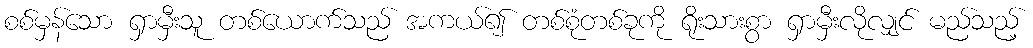
စစ်မှန်သော ရှာမှီးသူ တစ်ယောက်သည် အကယ်၍ တစ်စုံတစ်ခုကို ရိုးသားစွာ ရှာမှီးလိုလျှင် မည်သည့်